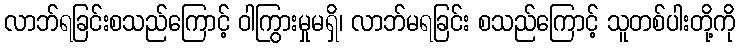
လာဘ်ရခြင်းစသည်ကြောင့် ဝါကြွားမှုမရှိ၊ လာဘ်မရခြင်း စသည်ကြောင့် သူတစ်ပါးတို့ကို